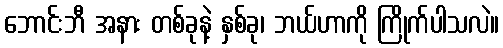
ဘောင်းဘီ အနား တစ်ခုနဲ့ နှစ်ခု၊ ဘယ်ဟာကို ကြိုက်ပါသလဲ။